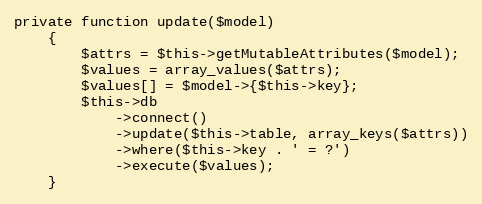
Language: PHP
private function update($model)
    {
        $attrs = $this->getMutableAttributes($model);
        $values = array_values($attrs);
        $values[] = $model->{$this->key};
        $this->db
            ->connect()
            ->update($this->table, array_keys($attrs))
            ->where($this->key . ' = ?')
            ->execute($values);
    }